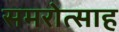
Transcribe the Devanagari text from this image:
समरोत्साह